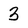
Character: 3